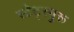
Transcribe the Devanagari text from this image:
स्टेट्स्गुरू